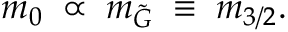
m _ { 0 } \; \propto \; m _ { \tilde { G } } \; \equiv \; m _ { 3 / 2 } .